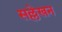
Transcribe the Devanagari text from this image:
सल्लेखन